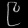
Digit: ၉